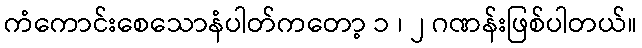
ကံကောင်းစေသောနံပါတ်ကတော့ ၁ ၊ ၂ ဂဏန်းဖြစ်ပါတယ်။